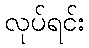
လုပ်ရင်း